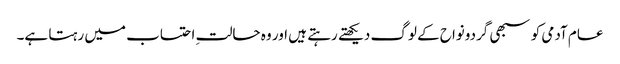
عام آدمی کو سبھی گردونواح کے لوگ دیکھتے رہتے ہیں اور وہ حالتِ احتساب میں رہتا ہے۔